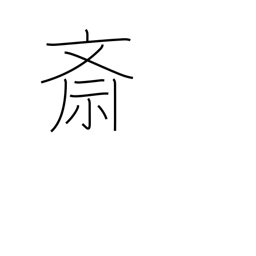
Meaning: Buddhist food